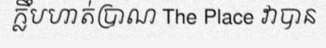
ក្លឹបហាត់ប្រាណ The Place វាបាន